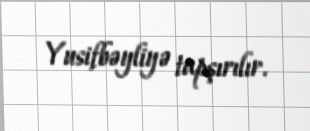
Yusifbəyliyə tapşırılır.